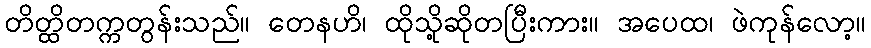
တိတ္ထိတက္ကတွန်းသည်။ တေနဟိ၊ ထိုသို့ဆိုတပြီးကား။ အပေထ၊ ဖဲကုန်လော့။